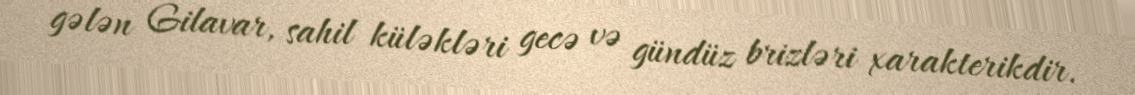
gələn Gilavar, sahil küləkləri gecə və gündüz brizləri xarakterikdir.